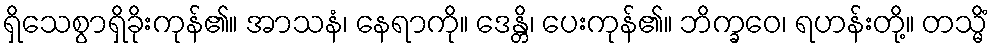
ရှိသေစွာရှိခိုးကုန်၏။ အာသနံ၊ နေရာကို။ ဒေန္တိ၊ ပေးကုန်၏။ ဘိက္ခဝေ၊ ရဟန်းတို့။ တသ္မိံ